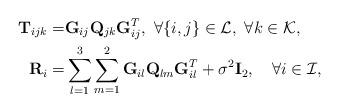
LaTeX: \begin{align*}{\bf T}_{ijk}=&{\bf G}_{ij}{\bf Q}_{jk}{\bf G}^{T}_{ij},\ \forall\{i,j\}\in\mathcal{L},\ \forall k\in\mathcal{K},\\{\bf R}_i=& \sum\limits_{l=1}^{3}\sum\limits_{m=1}^{2}{\bf G}_{il}{\bf Q}_{lm}{\bf G}^{T}_{il}+\sigma^{2}{\bf I}_2,\quad\forall i\in\mathcal{I},\end{align*}